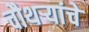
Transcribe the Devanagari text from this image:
चौथर्‍यांचे